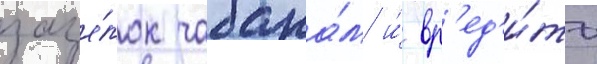
заце́пок чабана́м и́ вр'ед'и́ть